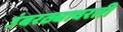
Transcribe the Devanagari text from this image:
उंबरठ्यावरती